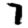
Digit: 7